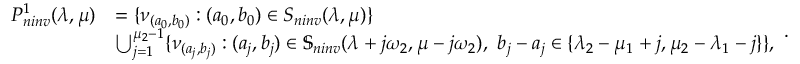
\begin{array} { l l } { P _ { n i n v } ^ { 1 } ( \lambda , \mu ) } & { = \{ \nu _ { ( a _ { 0 } , b _ { 0 } ) } : ( a _ { 0 } , b _ { 0 } ) \in S _ { n i n v } ( \lambda , \mu ) \} } \\ & { \bigcup _ { j = 1 } ^ { \mu _ { 2 } - 1 } \{ \nu _ { ( a _ { j } , b _ { j } ) } : ( a _ { j } , b _ { j } ) \in \mathbb S _ { n i n v } ( \lambda + j \omega _ { 2 } , \mu - j \omega _ { 2 } ) , \ b _ { j } - a _ { j } \in \{ \lambda _ { 2 } - \mu _ { 1 } + j , \mu _ { 2 } - \lambda _ { 1 } - j \} \} , } \end{array} .